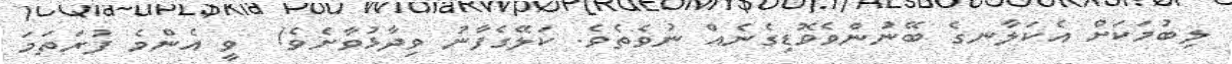
ލިބުމަކަށް އެކަލާނގެ ބޭނުންވެވޮޑިގެނެއް ނުވެތެވެ. ކަލޭގެފާނު ވިދާޅުވާށެވެ!  ވީ އެންމެ ފުރަތަމަ